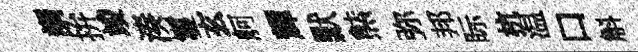
謂拚竣湊鬘玄舸輝默㷱弥邦眎杭温口斛